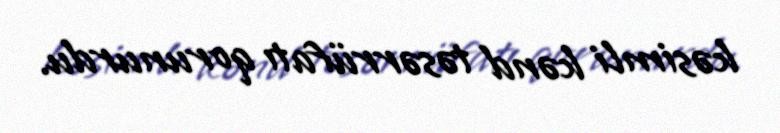
kəsimli kənd təsərrüfatı qorunurdu.